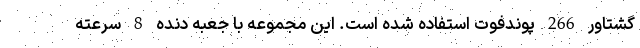
گشتاور 266 پوندفوت استفاده شده است. این مجموعه با جعبه دنده 8 سرعته